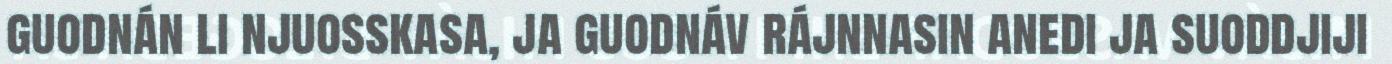
guodnán li njuosskasa, ja guodnáv rájnnasin anedi ja suoddjiji